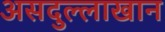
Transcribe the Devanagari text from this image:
असदुल्लाखान